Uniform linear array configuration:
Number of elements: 48
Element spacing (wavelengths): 0.75
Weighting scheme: kaiser
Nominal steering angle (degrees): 15
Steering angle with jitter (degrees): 13.001
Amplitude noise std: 0.05
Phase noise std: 0.05

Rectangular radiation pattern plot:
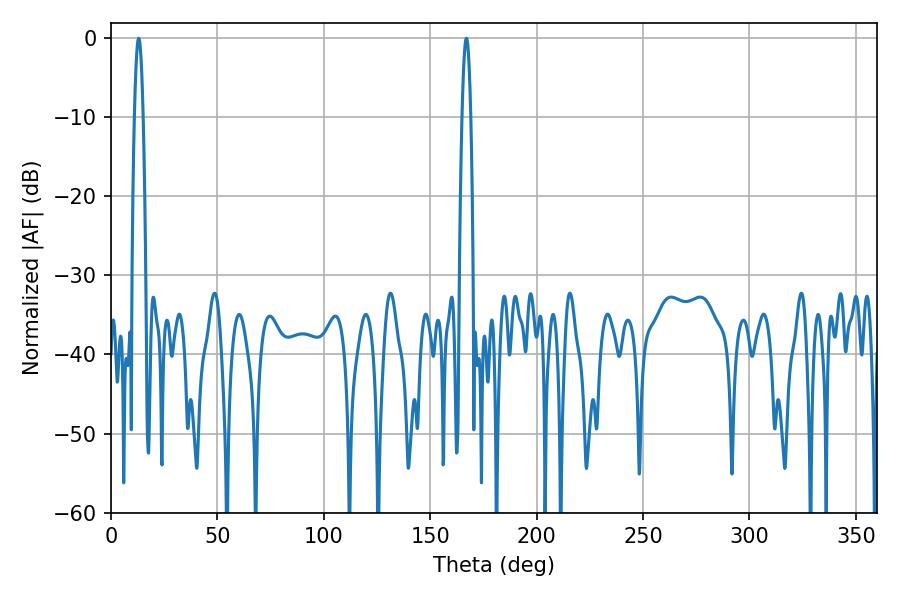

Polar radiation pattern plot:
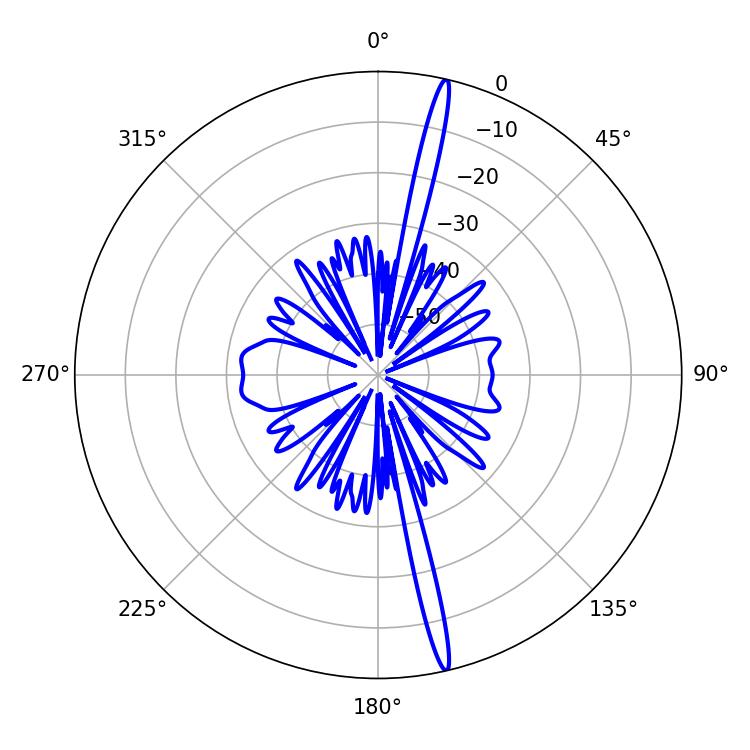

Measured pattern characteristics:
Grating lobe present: TRUE
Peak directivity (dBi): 20.166
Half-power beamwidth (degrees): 2.16
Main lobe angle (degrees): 12.96